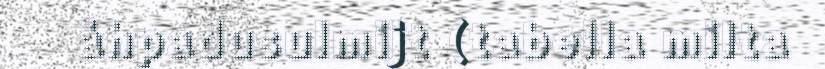
åhpadusulmijt (tabella milta